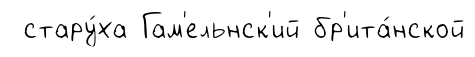
стару́ха Гам'ельнск'ий бр'ита́нской